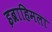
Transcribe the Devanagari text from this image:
इब्राहिमला